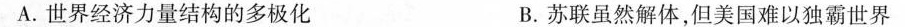
A. 世界经济力量结构的多极化 B. 苏联虽然解体，但美国难以独霸世界